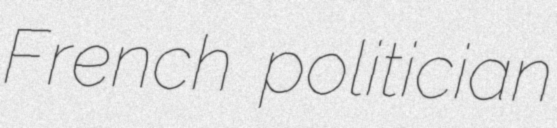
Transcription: French politician